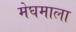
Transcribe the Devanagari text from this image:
मेघमाला